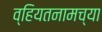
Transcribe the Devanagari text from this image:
व्हियतनामच्या